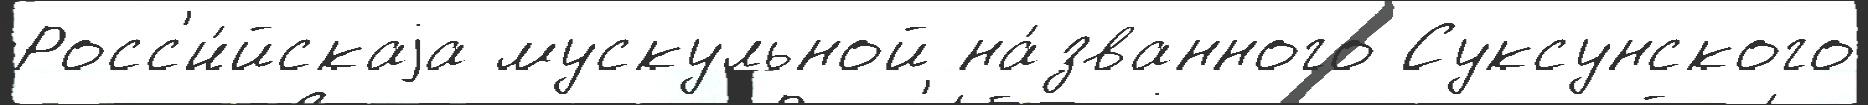
Росс'и́йскаjа мускульной на́званного Суксунского